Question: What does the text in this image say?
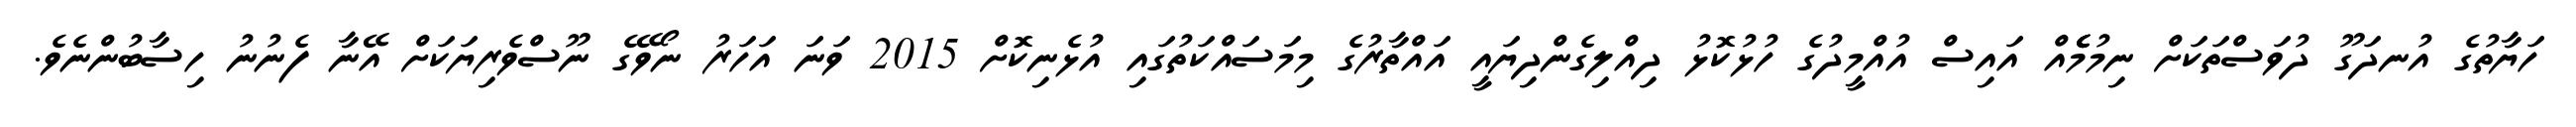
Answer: ހަޔާތުގެ އުނދަގޫ ދުވަސްތަކަށް ނިމުމެެެއް އައިސް އުއްމީދުގެ ހުޅުކޮޅު ދިއްލިގެންދިޔައީ އައްތާރުގެ މިމަސައްކަތުގައި އުޅެނިކޮށް 2015 ވަނަ އަހަރު ނޯވޭގެ ނޫސްވެރިޔަކަށް އޭނާ ފެނުނު ހިސާބުންނެވެ.